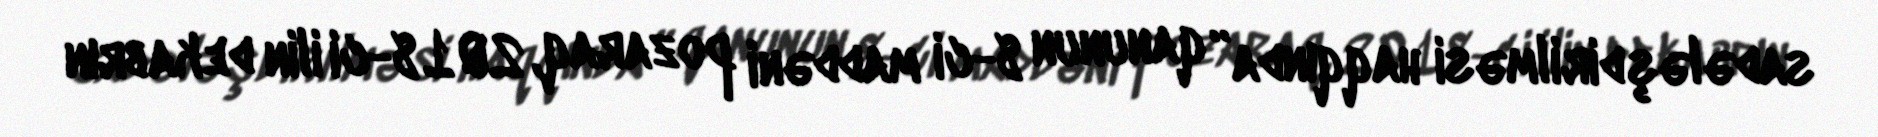
sadələşdirilməsi haqqında” qanunun 8-ci maddəni pozaraq, 2018-ci ilin dekabrın